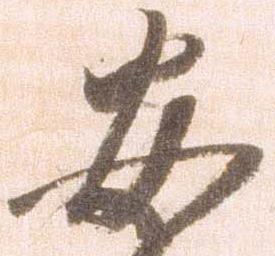
安